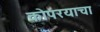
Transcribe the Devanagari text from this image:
कोपरयाचा